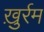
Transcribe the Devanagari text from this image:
ख़ुर्रम